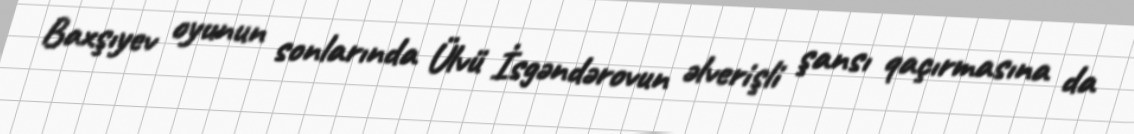
Baxşıyev oyunun sonlarında Ülvü İsgəndərovun əlverişli şansı qaçırmasına da